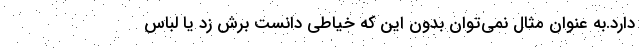
دارد.به عنوان مثال نمی‌توان بدون این که خیاطی دانست برش زد یا لباس